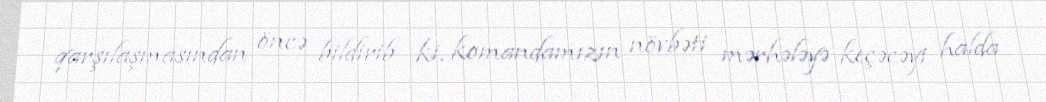
qarşılaşmasından öncə bildirib ki, komandamızın növbəti mərhələyə keçəcəyi halda